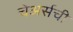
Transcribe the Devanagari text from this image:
चेअर्सची